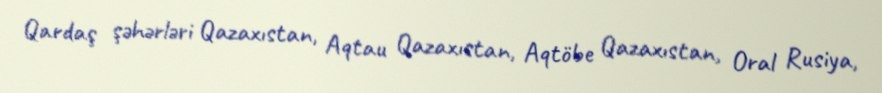
Qardaş şəhərləri Qazaxıstan, Aqtau Qazaxıstan, Aqtöbe Qazaxıstan, Oral Rusiya,